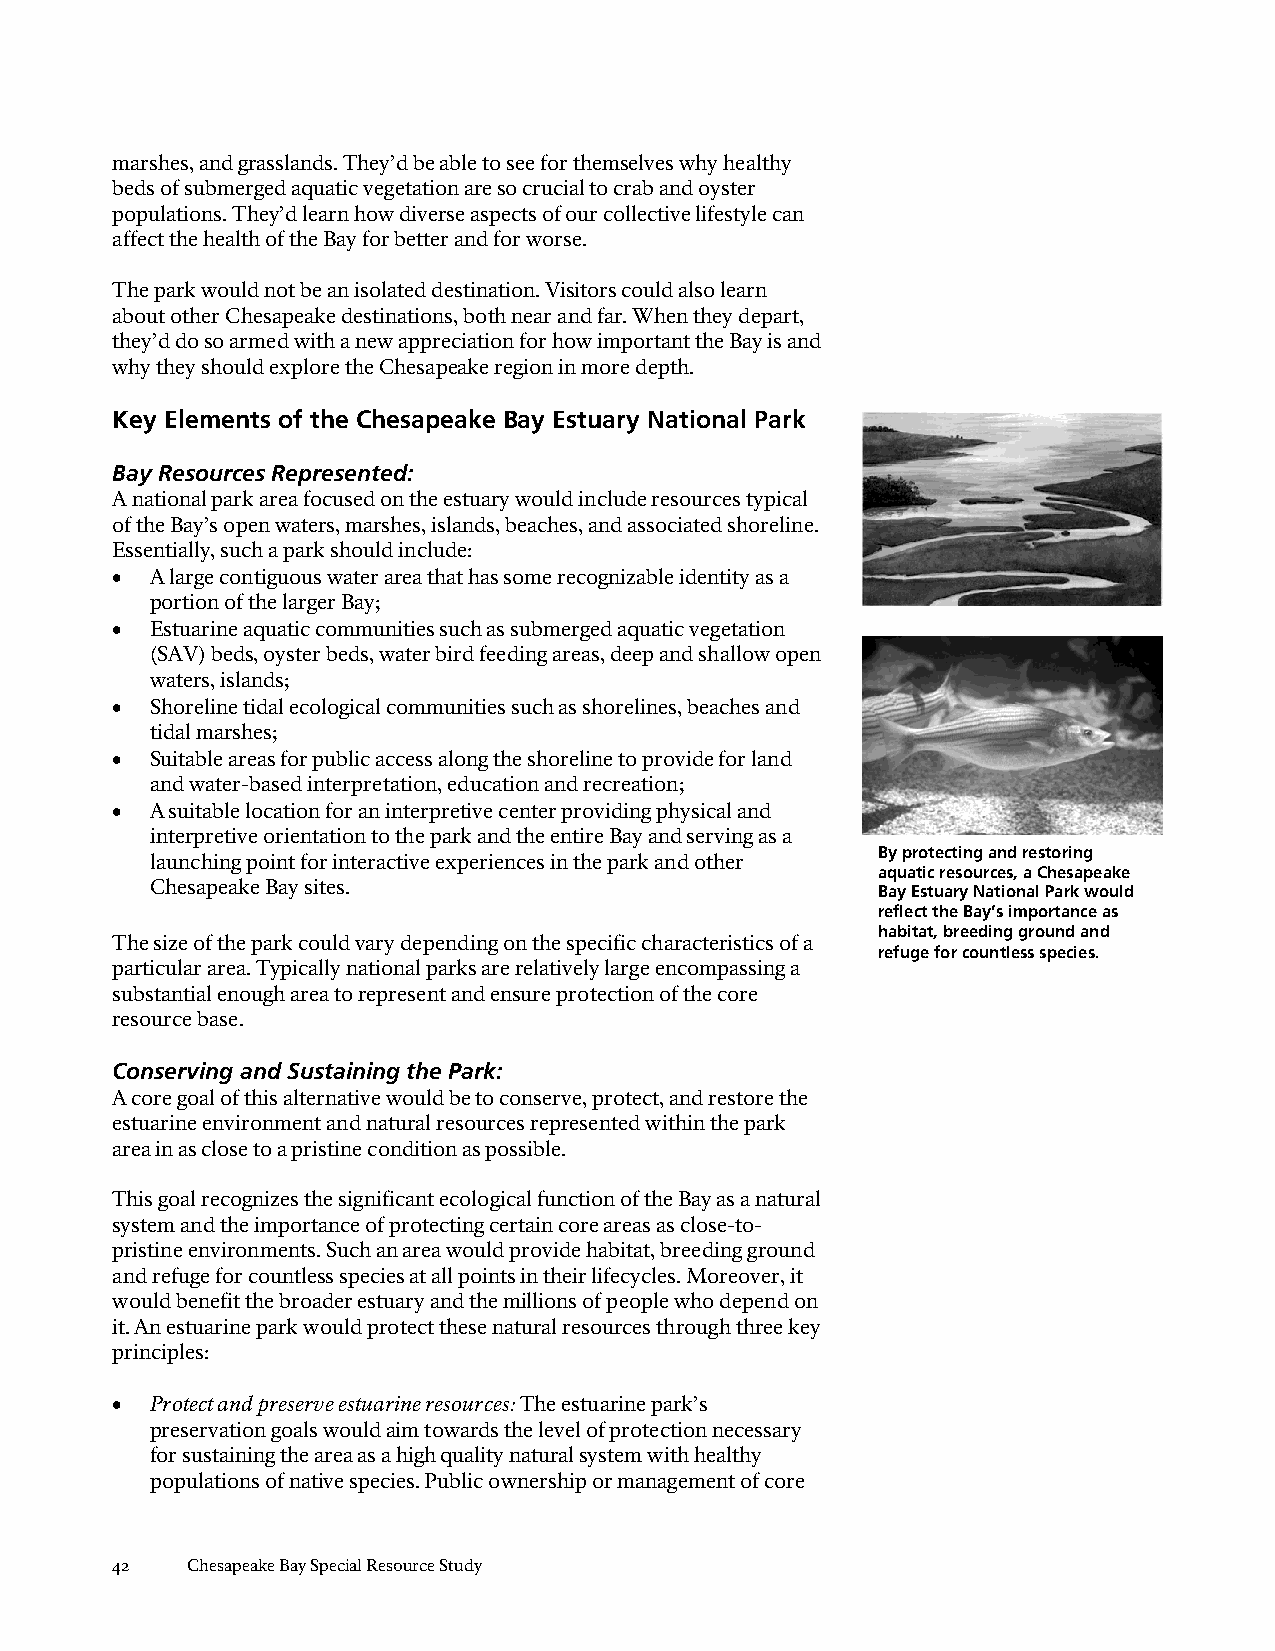
marshes, and grasslands. They’d be able to see for themselves why healthy
 beds of submerged aquatic vegetation are so crucial to crab and oyster
 populations. They’d learn how diverse aspects of our collective lifestyle can
 affect the health of the Bay for better and for worse.
 The park would not be an isolated destination. Visitors could also learn
 about other Chesapeake destinations, both near and far. When they depart,
 they’d do so armed with a new appreciation for how important the Bay is and
 why they should explore the Chesapeake region in more depth.
 Key Elements of the Chesapeake Bay Estuary National Park
 Bay Resources Represented:
 A national park area focused on the estuary would include resources typical
 of the Bay’s open waters, marshes, islands, beaches, and associated shoreline.
 Essentially, such a park should include:
 •  A large contiguous water area that has some recognizable identity as a
 portion of the larger Bay;
 •  Estuarine aquatic communities such as submerged aquatic vegetation
 (SAV) beds, oyster beds, water bird feeding areas, deep and shallow open
 waters, islands;
 •  Shoreline tidal ecological communities such as shorelines, beaches and
 tidal marshes;
 •  Suitable areas for public access along the shoreline to provide for land
 and water-based interpretation, education and recreation;
 •  A suitable location for an interpretive center providing physical and
 interpretive orientation to the park and the entire Bay and serving as a
 By protecting and restoring
 launching point for interactive experiences in the park and other
 aquatic resources, a Chesapeake
 Chesapeake Bay sites.                           Bay Estuary National Park would
 reflect the Bay’s importance as
 habitat, breeding ground and
 The size of the park could vary depending on the specific characteristics of a
 refuge for countless species.
 particular area. Typically national parks are relatively large encompassing a
 substantial enough area to represent and ensure protection of the core
 resource base.
 Conserving and Sustaining the Park:
 A core goal of this alternative would be to conserve, protect, and restore the
 estuarine environment and natural resources represented within the park
 area in as close to a pristine condition as possible.
 This goal recognizes the significant ecological function of the Bay as a natural
 system and the importance of protecting certain core areas as close-to-
 pristine environments. Such an area would provide habitat, breeding ground
 and refuge for countless species at all points in their lifecycles. Moreover, it
 would benefit the broader estuary and the millions of people who depend on
 it. An estuarine park would protect these natural resources through three key
 principles:
 •  Protect and preserve estuarine resources: The estuarine park’s
 preservation goals would aim towards the level of protection necessary
 for sustaining the area as a high quality natural system with healthy
 populations of native species. Public ownership or management of core
 42   Chesapeake Bay Special Resource Study